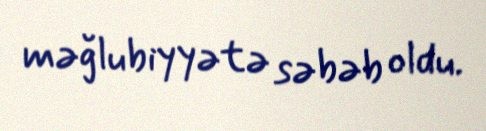
məğlubiyyətə səbəb oldu.